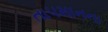
તાપમાનના